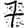
Digit: 7